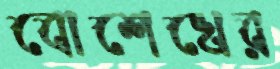
বোশেখের